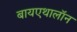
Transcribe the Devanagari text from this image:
बायएथालॉन